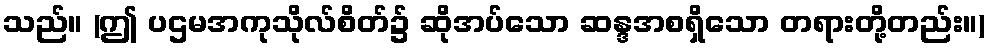
သည်။ (ဤ ပဌမအကုသိုလ်စိတ်၌ ဆိုအပ်သော ဆန္ဒအစရှိသော တရားတို့တည်း။)